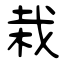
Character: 栽